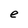
Character: e